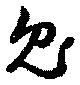
兎